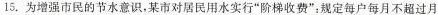
15.为增强市民的节水意识，某市对居民用水实行”阶梯收费”：规定每户每月不超过月